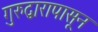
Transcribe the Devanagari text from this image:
गुरुद्वारापासून